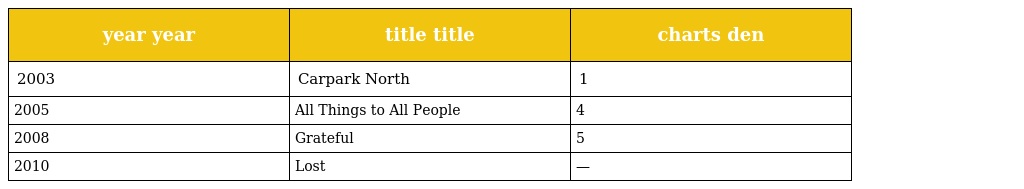
| year year | title title | charts den |
 | --- | --- | --- |
 | 2003 | Carpark North | 1 |
 | 2005 | All Things to All People | 4 |
 | 2008 | Grateful | 5 |
 | 2010 | Lost | — |